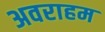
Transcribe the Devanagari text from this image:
अवराहम